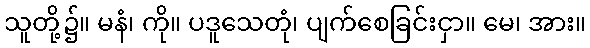
သူတို့၌။ မနံ၊ ကို။ ပဒူသေတုံ၊ ပျက်စေခြင်းငှာ။ မေ၊ အား။